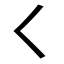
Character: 𡿨